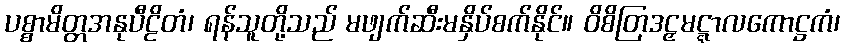
ပစ္စာမိတ္တအနုပီဠိတံ၊ ရန်သူတို့သည် မဖျက်ဆီးမနှိပ်စက်နိုင်။ ဝိစိတြဒဠှမဋ္ဋာလကောဋ္ဌကံ၊